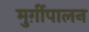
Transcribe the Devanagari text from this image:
मुर्ग़ीपालन